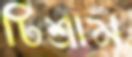
টিশ্রাম